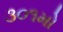
૩૦૧મો